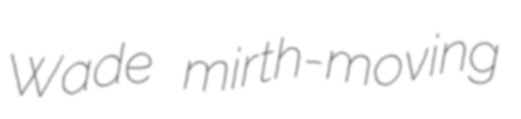
Wade mirth-moving